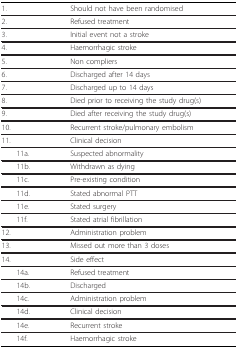
<table><thead><tr><td><b>1.</b></td><td><b>Should not have been randomised</b></td></tr></thead><tbody><tr><td>2.</td><td>Refused treatment</td></tr><tr><td>3.</td><td>Initial event not a stroke</td></tr><tr><td>4.</td><td>Haemorrhagic stroke</td></tr><tr><td>5.</td><td>Non compliers</td></tr><tr><td>6.</td><td>Discharged after 14 days</td></tr><tr><td>7.</td><td>Discharged up to 14 days</td></tr><tr><td>8.</td><td>Died prior to receiving the study drug(s)</td></tr><tr><td>9.</td><td>Died after receiving the study drug(s)</td></tr><tr><td>10.</td><td>Recurrent stroke/pulmonary embolism</td></tr><tr><td>11.</td><td>Clinical decision</td></tr><tr><td> 11a.</td><td>Suspected abnormality</td></tr><tr><td> 11b.</td><td>Withdrawn as dying</td></tr><tr><td> 11c.</td><td>Pre-existing condition</td></tr><tr><td> 11d.</td><td>Stated abnormal PTT</td></tr><tr><td> 11e.</td><td>Stated surgery</td></tr><tr><td> 11f.</td><td>Stated atrial fibrillation</td></tr><tr><td>12.</td><td>Administration problem</td></tr><tr><td>13.</td><td>Missed out more than 3 doses</td></tr><tr><td>14.</td><td>Side effect</td></tr><tr><td> 14a.</td><td>Refused treatment</td></tr><tr><td> 14b.</td><td>Discharged</td></tr><tr><td> 14c.</td><td>Administration problem</td></tr><tr><td> 14d.</td><td>Clinical decision</td></tr><tr><td> 14e.</td><td>Recurrent stroke</td></tr><tr><td> 14f.</td><td>Haemorrhagic stroke</td></tr></tbody></table>